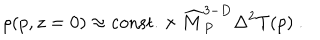
LaTeX: \rho ( p , z = 0 ) \approx \mathrm { c o n s t . } \times { \widehat M } _ { P } ^ { 3 - D } \Delta ^ { 2 } T ( p ) ~ .